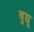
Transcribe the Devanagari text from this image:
बुच्चू